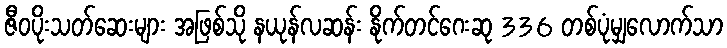
ဇီဝပိုးသတ်ဆေးများ အဖြစ်သို နယုန်လဆန်း နိုက်တင်ဂေးဆု 336 တစ်ပုံမျှလောက်သာ